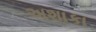
અશાકા